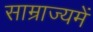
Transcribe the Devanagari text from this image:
साम्राज्यमें